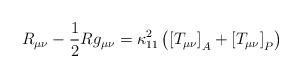
LaTeX: \begin{align*}R_{\mu\nu}-\frac{1}{2}Rg_{\mu\nu}=\kappa_{11}^2\left(\left[T_{\mu\nu}\right]_A+\left[T_{\mu\nu}\right]_P\right)\end{align*}